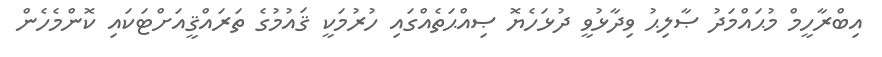
އިބްރާހީމް މުޙައްމަދު ޞާލިޙު ވިދާޅުވީ ދުޅަހެޔޮ ޞިއްޙަތެއްގައި ހުރުމަކީ ޤައުމުގެ ތަރައްޤީއަށްޓަކައި ކޮންމެހެން